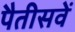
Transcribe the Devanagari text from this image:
पैतीसवें